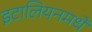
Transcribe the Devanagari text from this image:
इटालियनमधे